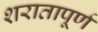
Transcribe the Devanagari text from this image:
शरातापूर्ण